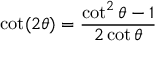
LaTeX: \cot ( 2 \theta ) = { \frac { \cot ^ { 2 } \theta - 1 } { 2 \cot \theta } }